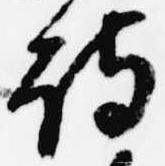
詩